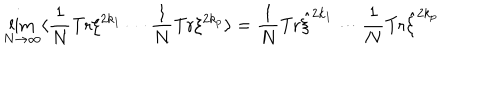
\lim _ { N \rightarrow \infty } \langle \frac { 1 } { N } \mathrm { T r } \xi ^ { 2 k _ { 1 } } \cdots \frac { 1 } { N } \mathrm { T r } \xi ^ { 2 k _ { p } } \rangle = \frac { 1 } { N } \mathrm { T r } { \hat { \xi } } ^ { 2 k _ { 1 } } \cdots \frac { 1 } { N } \mathrm { T r } { \hat { \xi } } ^ { 2 k _ { p } }